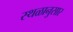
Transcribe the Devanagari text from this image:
स्थळानुसार